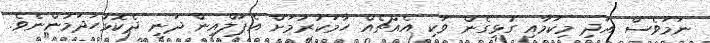
ނަމަވެސް އަދި މިކަމާއި ގުޅިގެން ވަކި އެއްޗެއް ހާމަކުރުމަށް އެޕަލްއިން ދަނީ ދެކޮޅުހަދަމުންނެވެ.